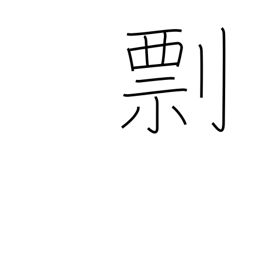
Meaning: threat